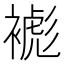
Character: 𧜺